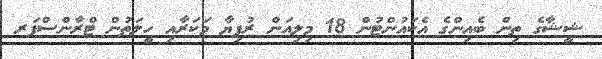
ޝީޝާގެ ތިން ބެއިންގެ އެކައުންޓުން 18 މިލިއަން ރުފިޔާ މަކަރާއި ހީލަތުން ޓްރާންސްފަރ